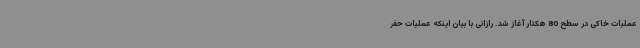
عملیات خاکی در سطح 80 هکتار آغاز شد. رازانی با بیان اینکه عملیات حفر